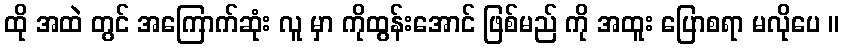
ထို အထဲ တွင် အကြောက်ဆုံး လူ မှာ ကိုထွန်းအောင် ဖြစ်မည် ကို အထူး ပြောစရာ မလိုပေ ။